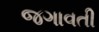
જગાવતી